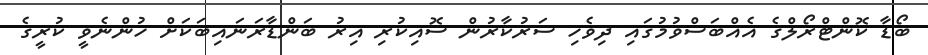
ބޯޑާ ކޮންޓްރޯލްގެ އެއްބަސްވުމުގައި ދިވެހި ސަރުކާރުން ސޮއިކުރި އިރު ބަންޑާރަނައިބަކަށް ހުންނެވީ ކުރީގެ